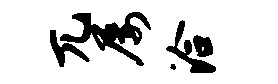
兀屡洽